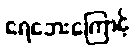
ရေဘေးကြောင့်